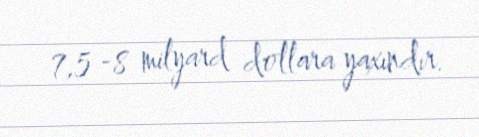
7,5 -8 milyard dollara yaxındır.